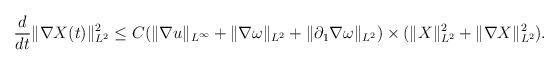
LaTeX: \begin{align*}\frac{d}{dt}\|\nabla X(t)\|_{L^2}^2\leq C(\|\nabla u\|_{L^\infty}+\|\nabla \omega\|_{L^2}+\|\partial_1\nabla \omega\|_{L^2})\times(\|X\|_{L^2}^2+\|\nabla X\|_{L^2}^2).\end{align*}